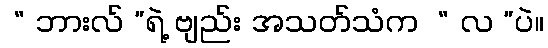
 “ ဘားလ် ”ရဲ့ ဗျည်း အသတ်သံက  “ လ ”ပဲ။